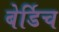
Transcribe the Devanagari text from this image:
बेर्डिच